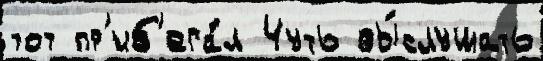
тот пр'иб'ега́л Чуть вы́слушать